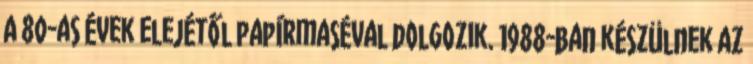
A 80-as évek elejétől papírmaséval dolgozik. 1988-ban készülnek az